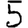
Digit: 5